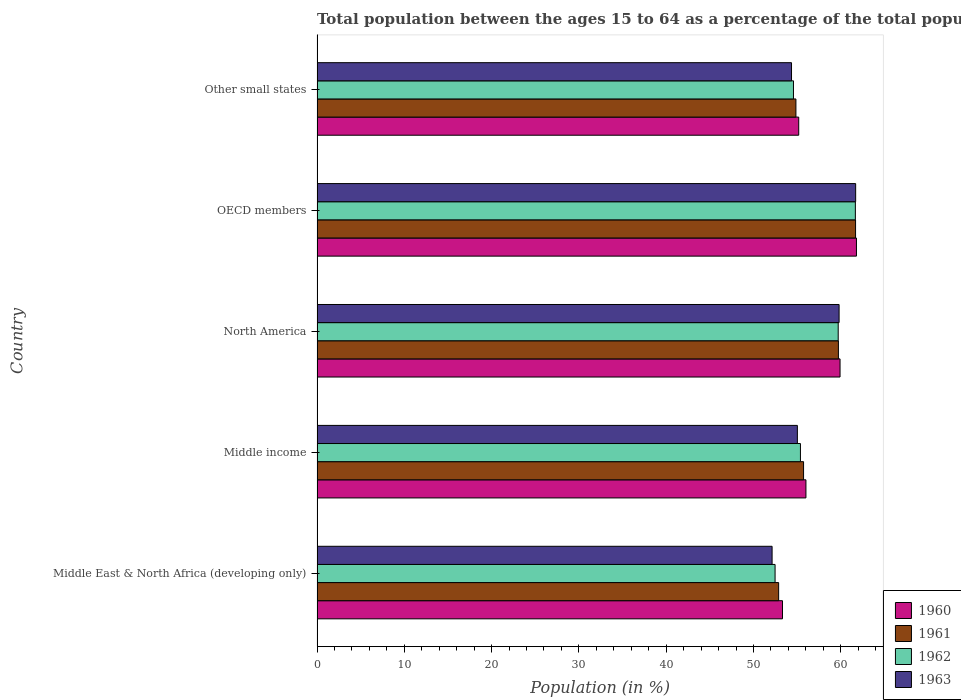
| Country | 1960 | 1961 | 1962 | 1963 |
 | --- | --- | --- | --- | --- |
 | Middle East & North Africa (developing only) | 53.3 | 52.9 | 52.5 | 52.1 |
 | Middle income | 56 | 55.7 | 55.4 | 55 |
 | North America | 59.9 | 59.7 | 59.7 | 59.8 |
 | OECD members | 61.8 | 61.7 | 61.7 | 61.7 |
 | Other small states | 55.2 | 54.9 | 54.6 | 54.4 |